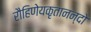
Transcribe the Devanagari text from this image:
रौहिणेयकृतानन्दो